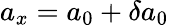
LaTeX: a_{x}=a_{0}+\delta a_{0}